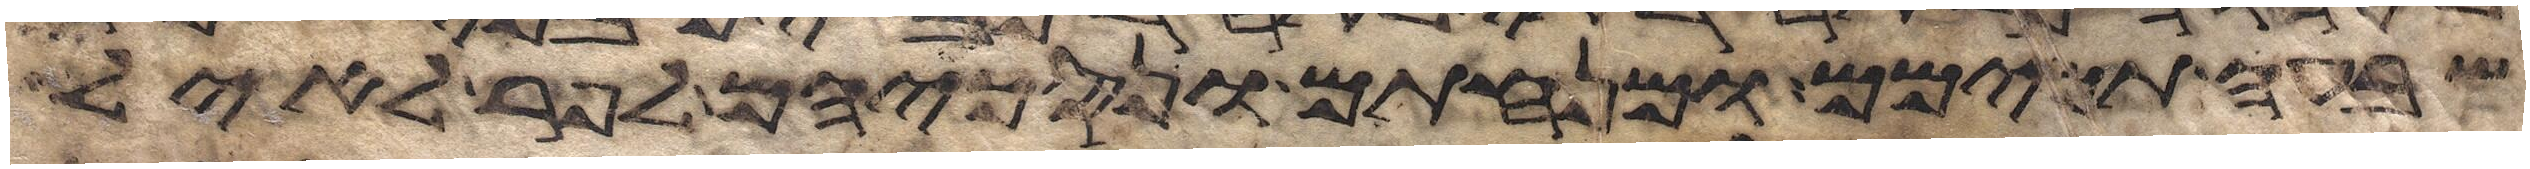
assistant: שבעה תמימם ומנחתם ונסכיהם לפר לאיל